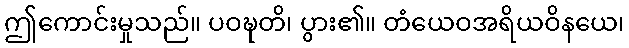
ဤကောင်းမှုသည်။ ပဝဍ္ဎတိ၊ ပွား၏။ တံယေဝအရိယဝိနယေ၊